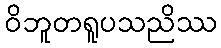
ဝိဘူတရူပသညိဿ